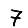
Digit: 7